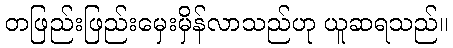
တဖြည်းဖြည်းမှေးမှိန်လာသည်ဟု ယူဆရသည်။